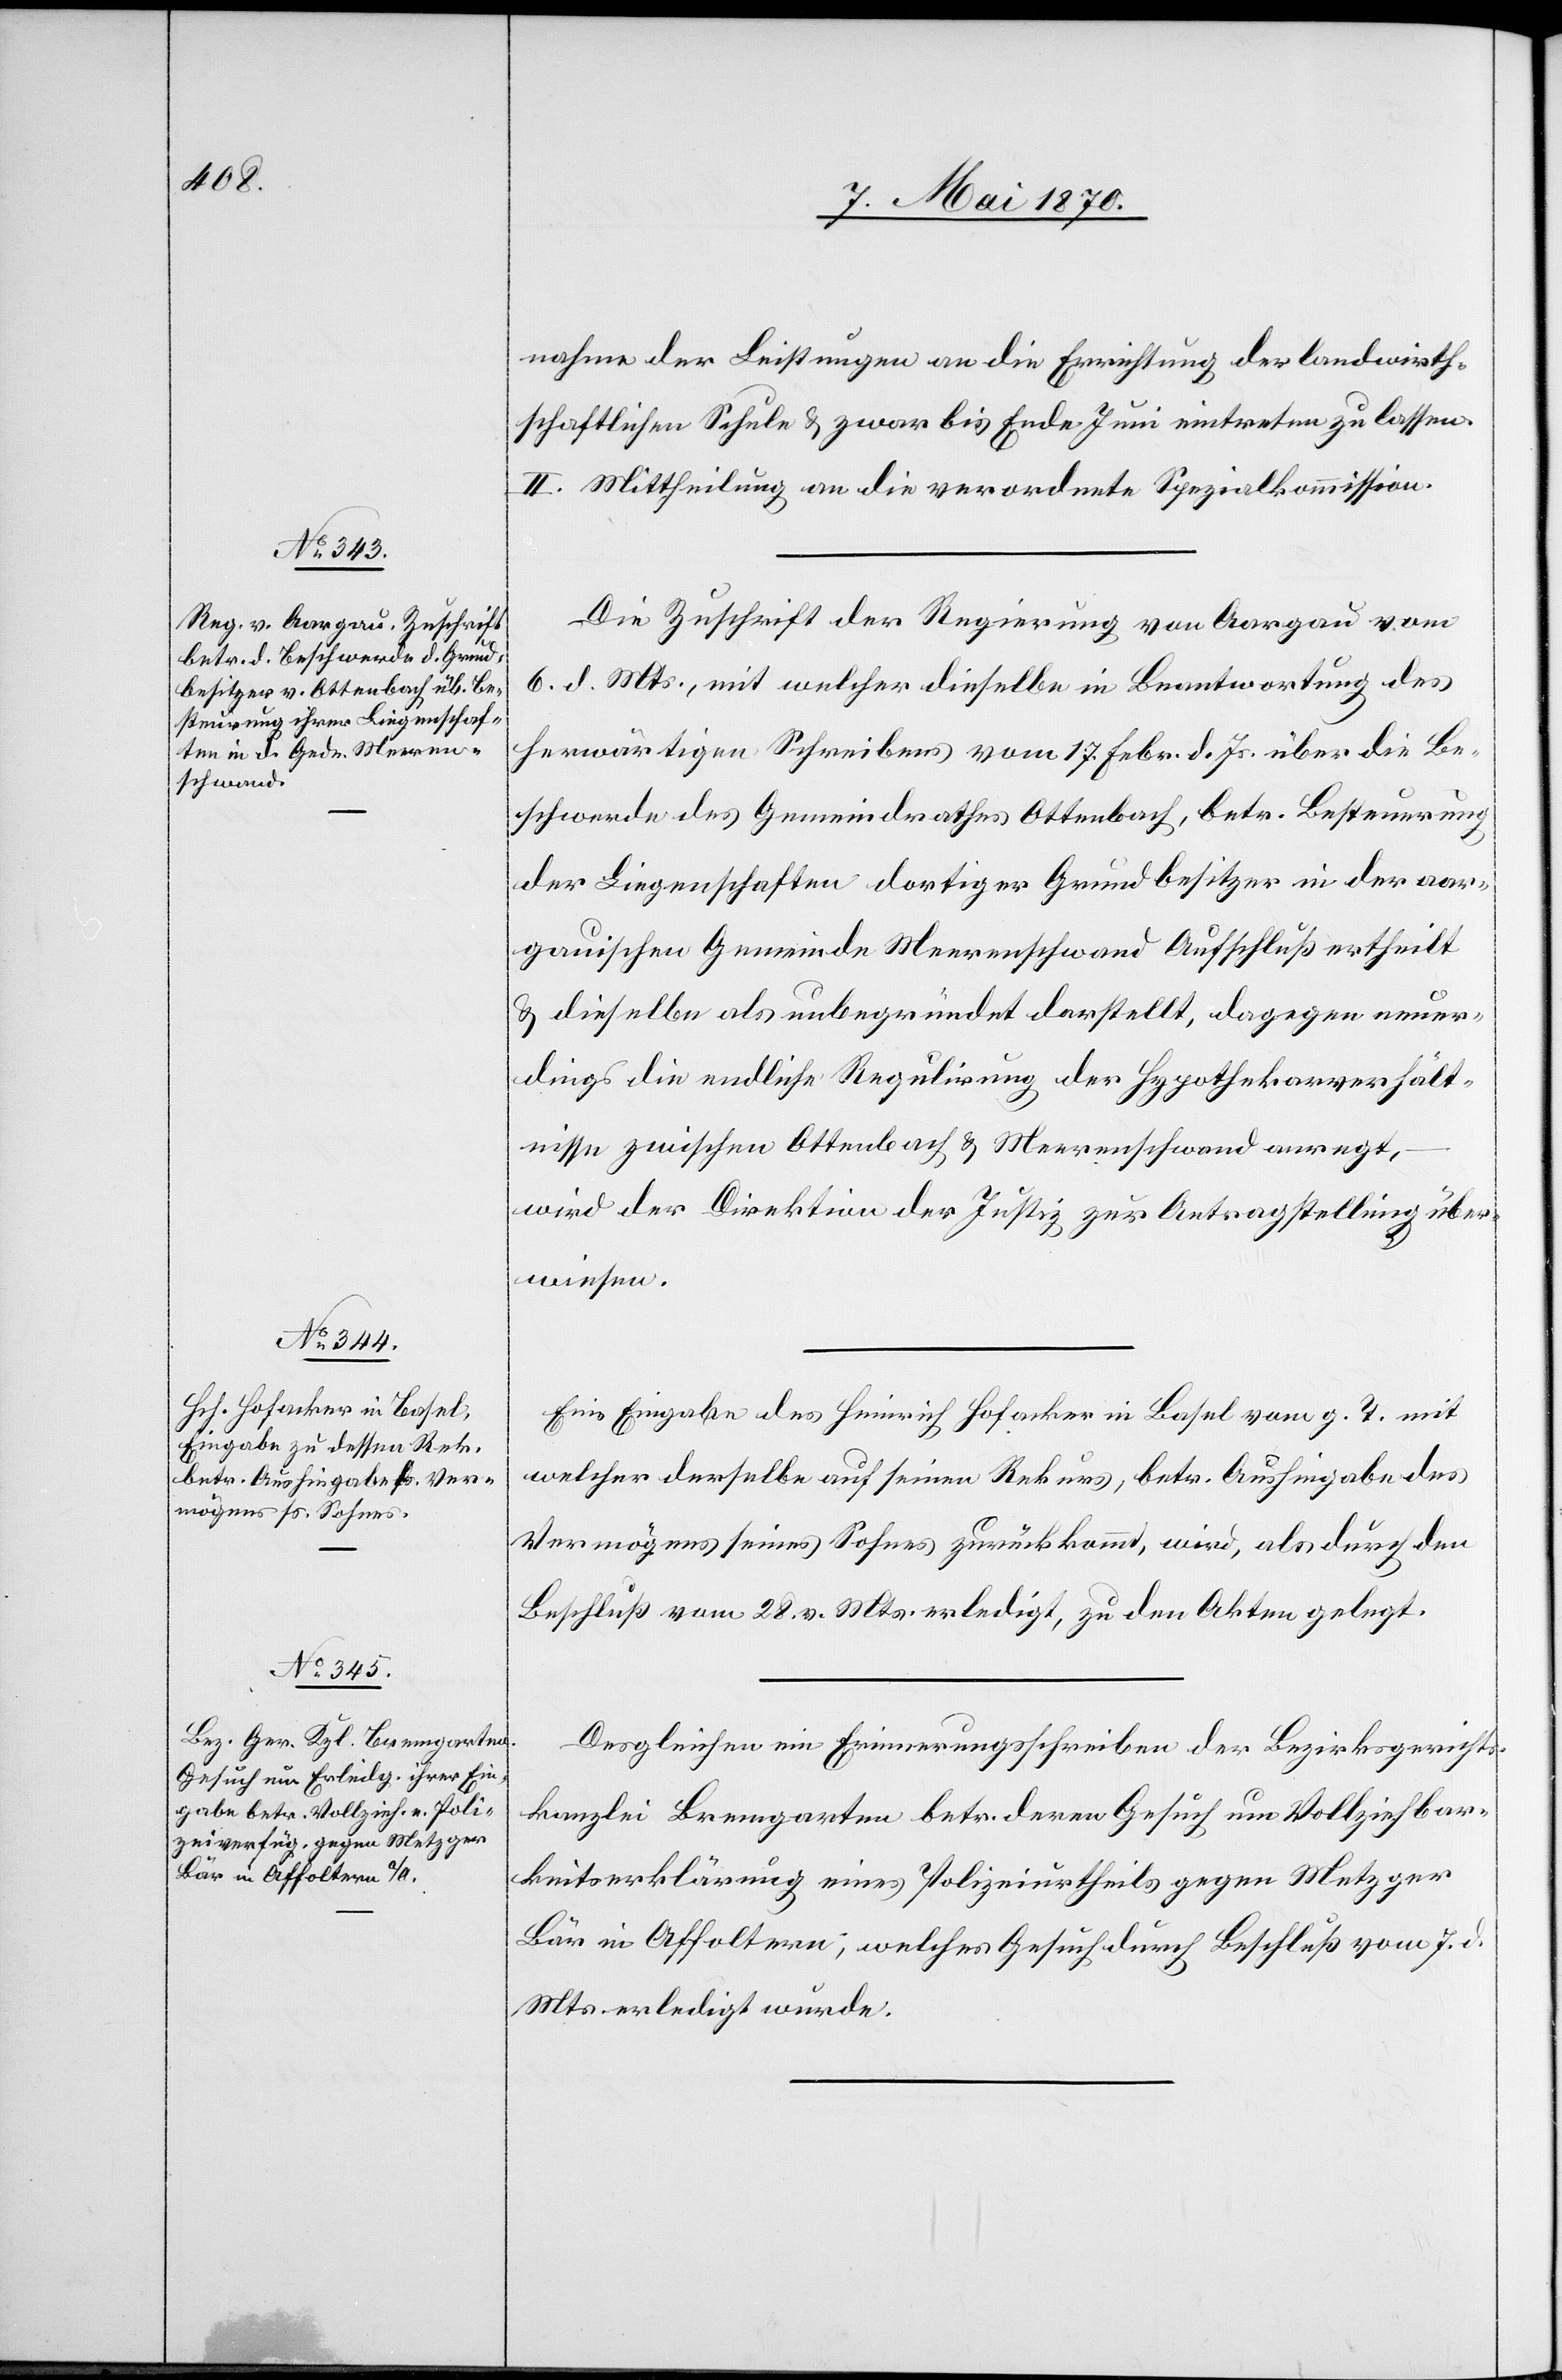
12. Mai 1870.]
nahme der Leistungen an die Errichtung der landwirth¬
schaftlichen Schule & zwar bis Ende Juni eintreten zu lassen.
II. Mittheilung an die verordnete Spezialkommission.
Die Zuschrift der Regierung von Aargau vom
6. d. Mts., mit welcher dieselbe in Beantwortung des
herwärtigen Schreibens vom 17. Febr. d. Js. über die Be¬
schwerde des Gemeindrathes Ottenbach, betr. Besteurung
der Liegenschaften dortiger Grundbesitzer in der aar¬
gauischen Gemeinde Meerenschwand Aufschluß ertheilt
& dieselbe als unbegründet darstellt, dagegen neuer¬
dings die endliche Regulirung der Hypothekarverhält¬
nisse zwischen Ottenbach & Meerenschwand anregt,
wird der Direktion der Justiz zur Antragstellung über¬
wiesen.
Eine Eingabe des Heinrich Hofacker in Basel vom g. T. mit
welcher derselbe auf seinen Rekurs, betr. Aushingabe des
Vermögens seines Sohnes zurückkommt, wird, als durch den
Beschluß vom 28. v. Mts. erledigt, zu den Akten gelegt.
Desgleichen ein Erinnerungsschreiben der Bezirksgerichts¬
kanzlei Bremgarten betr. deren Gesuch um Vollziehbar¬
keitserklärung eines Polizeiurtheils gegen Metzger
Bär in Affoltern, welches Gesuch durch Beschluß vom 7. d.
Mts. erledigt wurde.